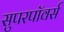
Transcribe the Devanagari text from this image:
सुपरपॉवर्स